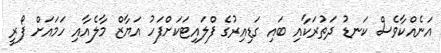
އަނެއްކާވެސް ކަނޑު ދަތުރަކާއި ބައި ގަޑިއިރުގެ ފްލައިޓަކަށްފަހު އަޔާޒް މާލެއާއި ހަމައަށް ފޯރީ